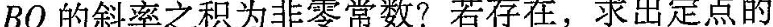
BQ的斜率之积为非零常数?若存在，求出定点的